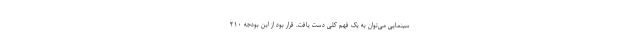
سینمایی می‌توان به یک فهم کلی دست یافت. قرار بود از این بودجه ۲۱۰